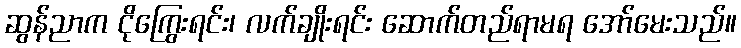
ဆွန်ညာက ငိုကြွေးရင်း၊ လက်ချိုးရင်း ဆောက်တည်ရာမရ အော်မေးသည်။